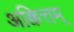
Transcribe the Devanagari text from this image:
अक्कित्तम्